Vaccination in Bombay 1924-1928 - 1924-1928
Year: 1924
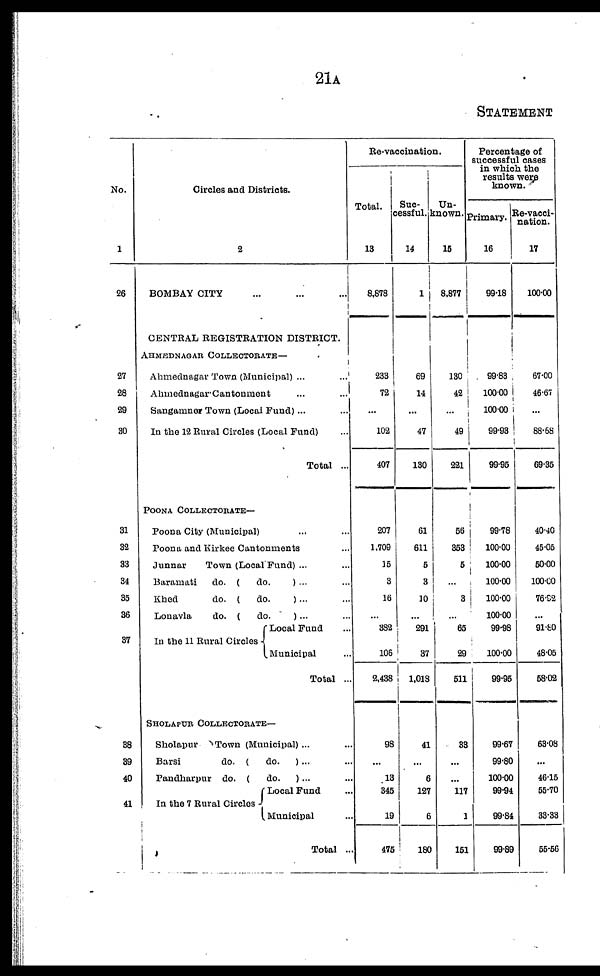
21A
STATEMENT
No.
1
26
27
28
29
30
31
32
33
34
35
36
37
38
39
40
41
Circles and Districts.
2
BOMBAY CITY
...
...
...
CENTRAL REGISTRATION DISTRICT.
AHMEDNAGAR COLLECTORATE—
Ahmednagar Town (Municipal) ...
...
Ahmednagar Cantonment ... ... ...
Sangamner Town (Local Fund)... ...
In the 12 Rural Circles (Local Fund) ...
Total ...
POONA COLLECTORATE—
Poona City (Municipal) ... ...
Poona and Kirkee Cantonments ...
Junnar
Town (Local Fund) ... ...
Baramati
do. (
do.
) ... ...
Khed
do. (
do.
)... ...
Lonavla
do. (
do.
)... ...
In the 11 Rural Circles
Local Fund ...
Municipal ...
Total ...
SHOLAPUR COLLECTORATE—
Sholapur
Town (Municipal)... ...
Barsi
do. (
do.
)... ...
Pandharpur do. (
do.
)... ...
In the 7 Rural Circles
Local Fund ...
Municipal ...
Total ...
Re-vaccination.
Total.
13
8,878
233
72
...
102
407
207
1,709
15
3
16
...
382
106
2,438
98
...
13
345
19
475
Suc-
cessful.
14
1
69
14
...
47
130
61
611
5
3
10
...
291
37
1,018
41
...
6
127
6
180
Un-
known.
15
8,877
130
42
...
49
221
56
353
5
...
3
...
65
29
511
33
...
...
117
1
151
Percentage of
successful cases
in which the
results were
known.
Primary.
16
99.18
99.83
100.00
100.00
99.93
99.95
99.78
100.00
100.00
100.00
100.00
100.00
99.98
100.00
99.95
99.67
99.80
100.00
99.94
99.84
99.89
Re-vacci-
nation.
17
100.00
67.00
46.67
...
88.68
69.35
40.40
45.05
50.00
100.00
76.92
...
91.80
48.05
58.02
63.08
...
46.15
55.70
33.33
55.56